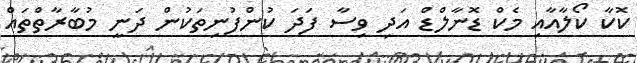
ކޮކާ ކޯލާއާއި މެކް ޑޮނާލްޑް އަދި ވިސާ ފަދަ ކުންފުނިތަކުން ދަނީ މުބާރާތްތައް